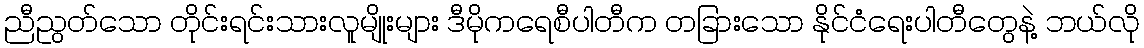
ညီညွတ်သော တိုင်းရင်းသားလူမျိုးများ ဒီမိုကရေစီပါတီက တခြားသော နိုင်ငံရေးပါတီတွေနဲ့ ဘယ်လို